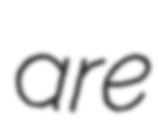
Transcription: are